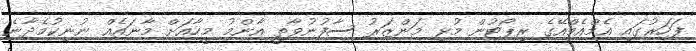
ފަހަރުގައި އެމްއެމްއޭގެ ރިޕޯޓުން މުޅި މަންޒަރު ސާފުނުވާތީ އާންމު މީހާއަށް މާނައެއް ނުނިކުމެދާނެ